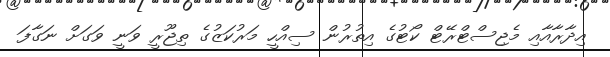
އިދާރާއާއި މެޖިސްޓްރޭޓް ކޯޓުގެ އިތުރުން ސިއްހީ މަރުކަޒުގެ ތިޖޫރީ ވަނީ ވަގަށް ނަގާފަ